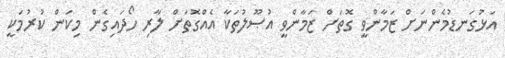
އަޅުގަނޑުމެންނަށް ޒަމާންވީ ގޮތަށް ޒަމާންވީ އުޞޫލުތަކާ އެއްގޮތަށް ލާރި ހޯދައިގެން މިކަން ކުރުމަކީ